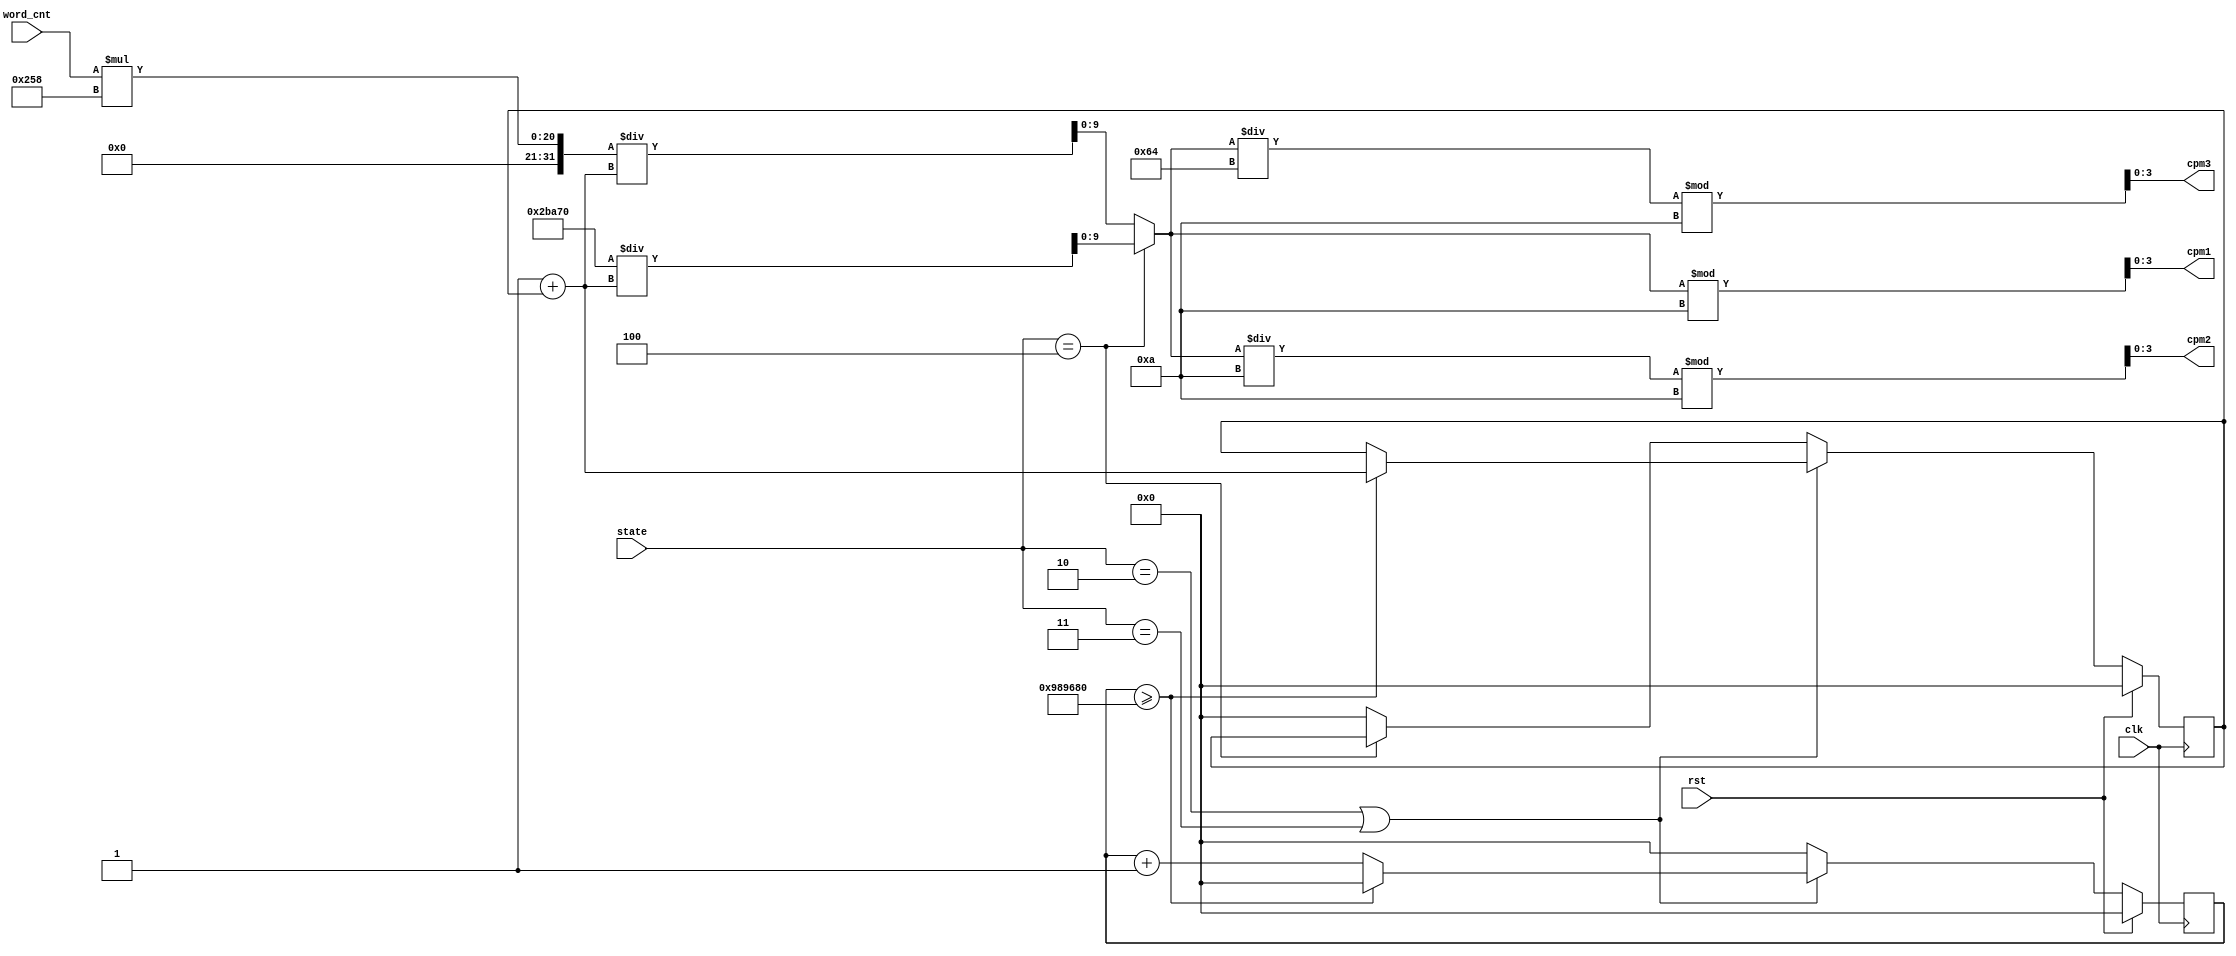
`timescale 1ns / 1ps
// cpm1, cpm2, cpm3 returns the digit of characters per minute.

module char_per_min(clk, rst, word_cnt, cpm1, cpm2, cpm3, state);

    input clk, rst;
    input [10:0] word_cnt;
    input [2:0] state;
    output [3:0] cpm1, cpm2, cpm3;
    
    reg [31:0] counter, next_counter; // counter is used to compute the time passed.
    reg [31:0] dsec, next_dsec; // dsec is the time passed when the game starts, the unit is 0.1 second.
    
    wire [9:0] cpm;
    
    assign cpm = (state == 3'b100) ? (298 * 600 / (1+dsec)) : (word_cnt*600 / (1 + dsec)); // compute cpm in binary representation
    
    assign cpm1 = (cpm)%10; // get the first digit of cpm
    assign cpm2 = (cpm/10)%10; // get the second digit of cpm
    assign cpm3 = (cpm/100)%10; // get the third digit of cpm
    
    always @(*) begin
        if (state == 3'b010 || state == 3'b011) begin
            if (counter >= 10000000) begin
                next_counter = 0;
                next_dsec = dsec + 1;
            end else begin 
                next_counter = counter + 1;
                next_dsec = dsec;
            end
        end else if (state == 3'b100) begin
            next_counter = 0;
            next_dsec = dsec;
        end else begin
            next_counter = 0;
            next_dsec = 0;
        end
    end
        
    always @(posedge clk) begin
        if (rst) begin
            counter <= 0;
            dsec <= 0;
        end else begin
            counter <= next_counter;
            dsec <= next_dsec;
        end
    end

endmodule